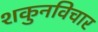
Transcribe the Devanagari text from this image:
शकुनविचार